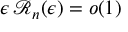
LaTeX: \epsilon \, { \mathcal R } _ { n } ( \epsilon ) = o ( 1 ) \;